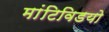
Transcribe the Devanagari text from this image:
मांटिविडयो